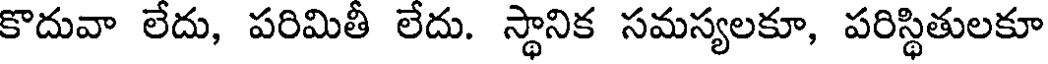
కొదువా లేదు, పరిమితీ లేదు. స్థానిక సమస్యలకూ, పరిస్థితులకూ